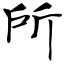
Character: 所